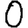
Digit: 0